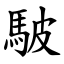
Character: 駊